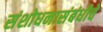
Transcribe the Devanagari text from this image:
संशोधनासंबंधीचे